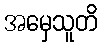
အမှေသူတိ